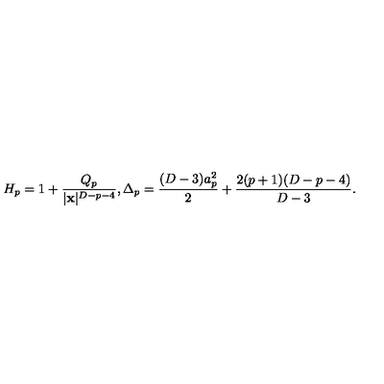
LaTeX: H _ { p } = 1 + { \frac { Q _ { p } } { | { \bf x } | ^ { D - p - 4 } } } , \Delta _ { p } = { \frac { ( D - 3 ) a _ { p } ^ { 2 } } { 2 } } + { \frac { 2 ( p + 1 ) ( D - p - 4 ) } { D - 3 } } .